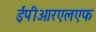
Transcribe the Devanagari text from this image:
ईपीआरएलएफ